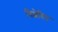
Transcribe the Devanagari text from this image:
विक्षेत्रित